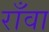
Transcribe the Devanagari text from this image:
राँवा